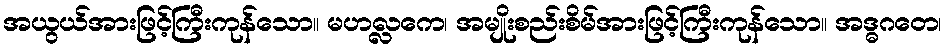
အယွယ်အားဖြင့်ကြီးကုန်သော။ မဟလ္လကေ၊ အမျိုးစည်းစိမ်အားဖြင့်ကြီးကုန်သော။ အဒ္ဓဂတေ၊